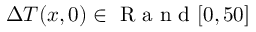
\Delta T ( x , 0 ) \in \mathrm { ~ R ~ a ~ n ~ d ~ } [ 0 , 5 0 ]